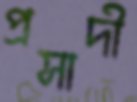
প্রসাদী